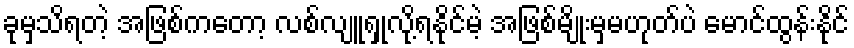
ခုမှသိရတဲ့ အဖြစ်ကတော့ လစ်လျူရှုလို့ရနိုင်မဲ့ အဖြစ်မျိုးမှမဟုတ်ပဲ မောင်ထွန်းနိုင်